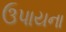
ઉપાયના